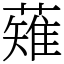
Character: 薙